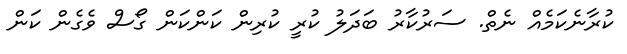
ކުރާނެކަމެއް ނެތް. ސަރުކާރު ބަދަލު ކުރީ ކުރިން ކަންކަން ގޯސް ވެގެން ކަން